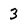
Character: 3